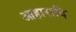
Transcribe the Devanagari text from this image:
आहारादि